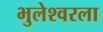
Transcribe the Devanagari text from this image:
भुलेश्वरला